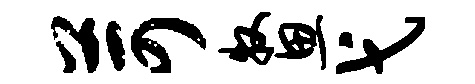
苛牧思弋